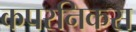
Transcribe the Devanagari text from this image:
कपरनिकस